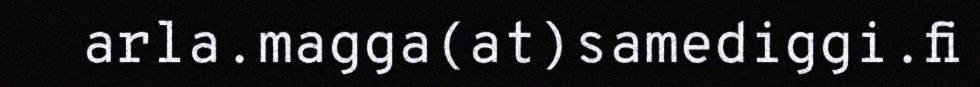
arla.magga(at)samediggi.fi